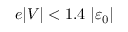
e \vert V \vert < 1 . 4 \, \left\vert \varepsilon _ { 0 } \right\vert